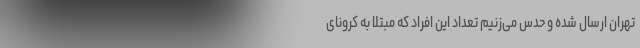
تهران ارسال شده و حدس می‌زنیم تعداد این افراد که مبتلا به کرونای